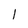
Character: l